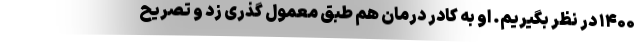
۱۴۰۰ در نظر بگیریم. او به کادر درمان هم طبق معمول گذری زد و تصریح